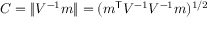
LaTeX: C = \| V ^ { - 1 } m \| = ( m ^ { \mathsf { T } } V ^ { - 1 } V ^ { - 1 } m ) ^ { 1 / 2 }